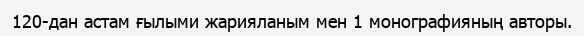
120-дан астам ғылыми жарияланым мен 1 монографияның авторы.